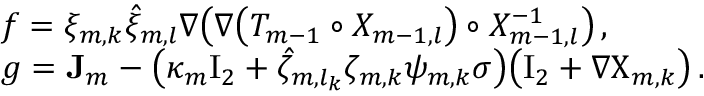
\begin{array} { r l } & { f = \xi _ { m , k } \hat { \xi } _ { m , l } \nabla \bigl ( \nabla \bigl ( T _ { m - 1 } \circ X _ { m - 1 , l } \bigr ) \circ X _ { m - 1 , l } ^ { - 1 } \bigr ) \, , } \\ & { g = \mathbf { J } _ { m } - \bigl ( \kappa _ { m } \ensuremath { \mathrm { I } _ { 2 } } + \hat { \zeta } _ { m , l _ { k } } \zeta _ { m , k } { \psi } _ { m , k } \sigma \bigr ) \bigl ( \ensuremath { \mathrm { I } _ { 2 } } + \nabla { \Chi } _ { m , k } \bigr ) \, . } \end{array}